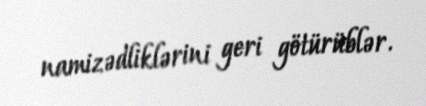
namizədliklərini geri götürüblər.